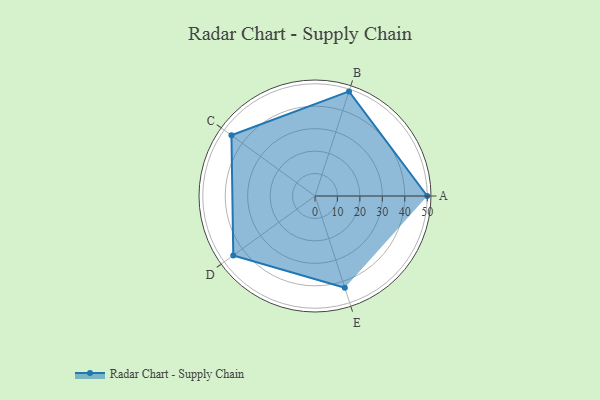
{"axis": {"x": "Skill", "y": "Score"}, "legend": ["Profile"], "data": [{"x": "A", "y": 50.0, "type": "Profile"}, {"x": "B", "y": 49.0, "type": "Profile"}, {"x": "C", "y": 46.0, "type": "Profile"}, {"x": "D", "y": 45.0, "type": "Profile"}, {"x": "E", "y": 43.0, "type": "Profile"}]}